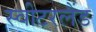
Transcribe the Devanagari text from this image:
स्‍वीटरलैंड